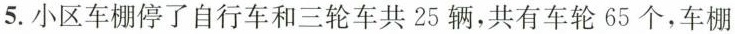
5.小区车棚停了自行车和三轮车共25辆，共有车轮65个，车棚